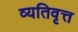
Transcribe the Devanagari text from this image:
व्यतिवृत्त